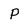
Character: P